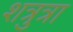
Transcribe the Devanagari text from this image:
शत्रुत्रा